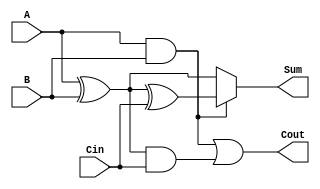
module ConditionalSumFullAdder (
    input wire A,       // 1-bit binary input
    input wire B,       // 1-bit binary input
    input wire Cin,     // 1-bit carry input
    output wire Sum,    // 1-bit output sum
    output wire Cout    // 1-bit output carry out
);

    // Intermediate signals
    wire S1, C1, S2, C2;

    // Compute S1 and C1 assuming Cin is 0
    assign S1 = A ^ B;      // S1 = A XOR B
    assign C1 = A & B;      // C1 = A AND B

    // Compute S2 and C2 assuming Cin is 1
    assign S2 = S1 ^ Cin;   // S2 = S1 XOR Cin
    assign C2 = S1 & Cin;   // C2 = S1 AND Cin

    // Final outputs
    assign Sum = C1 ? S2 : S1; // Select S2 if C1 is true, else select S1
    assign Cout = C1 | C2;     // Cout = C1 OR C2

endmodule